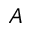
A